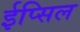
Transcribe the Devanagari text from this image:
ईप्सिल